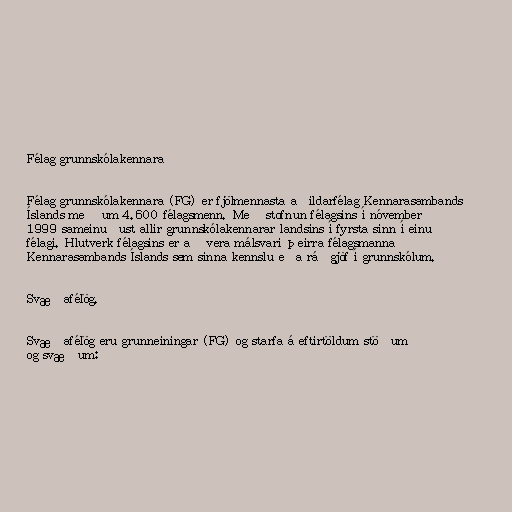
Félag grunnskólakennara

Félag grunnskólakennara (FG) er fjölmennasta aðildarfélag Kennarasambands
Íslands með um 4.600 félagsmenn. Með stofnun félagsins í nóvember
1999 sameinuðust allir grunnskólakennarar landsins í fyrsta sinn í einu
félagi. Hlutverk félagsins er að vera málsvari þeirra félagsmanna
Kennarasambands Íslands sem sinna kennslu eða ráðgjöf í grunnskólum.

Svæðafélög.

Svæðafélög eru grunneiningar (FG) og starfa á eftirtöldum stöðum
og svæðum: